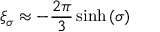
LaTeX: \xi _ { \sigma } \approx - \frac { 2 \pi } { 3 } \sinh { ( \sigma ) }